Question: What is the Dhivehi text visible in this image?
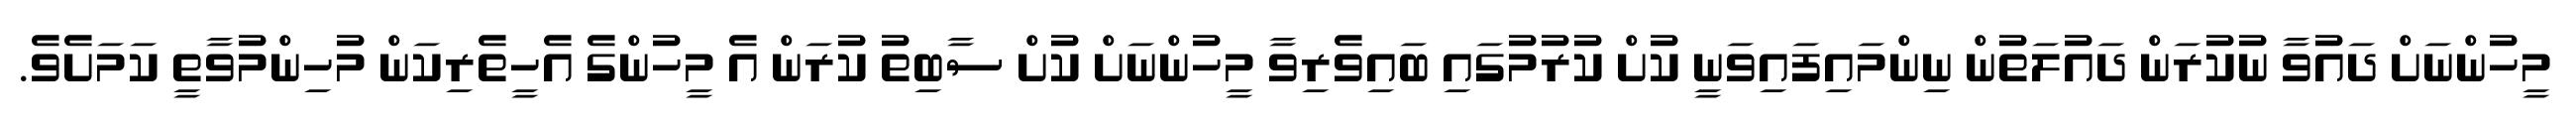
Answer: މީހުންނަށް ދައުވާ ނުކުރަން ދައުލަތުން ނިންމައިފައިވަނީ ކުށް ކުރުމުގައި ބައިވެރިވާ މީހުންނަށް ކުށް ސާބިތު ކުރަން އެ މީހުންގެ އެހީތެރިކަން މުހިންމުވާތީ ކަމަށެވެ.